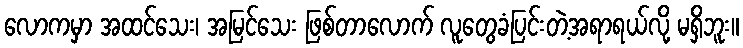
လောကမှာ အထင်သေး၊ အမြင်သေး ဖြစ်တာလောက် လူတွေခံပြင်းတဲ့အရာရယ်လို့ မရှိဘူး။